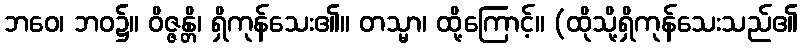
ဘဝေ၊ ဘဝ၌။ ဝိဇ္ဇန္တိ၊ ရှိကုန်သေး၏။ တသ္မာ၊ ထို့ကြောင့်။ (ထိုသို့ရှိကုန်သေးသည်၏